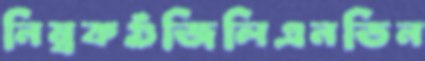
নিম্বকগুঁজিলিএনডিন